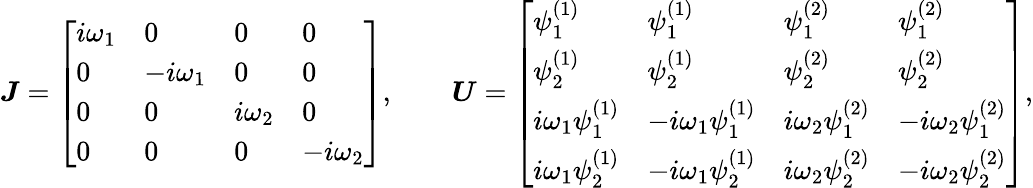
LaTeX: \boldsymbol{J}=\left[\begin{array}{llll}{i\omega_{1}}&{0}&{0}&{0}\\ {0}&{-i\omega_{1}}&{0}&{0}\\ {0}&{0}&{i\omega_{2}}&{0}\\ {0}&{0}&{0}&{-i\omega_{2}}\end{array}\right],\qquad\boldsymbol{U}=\left[\begin{array}{llll}{\psi_{1}^{(1)}}&{\psi_{1}^{(1)}}&{\psi_{1}^{(2)}}&{\psi_{1}^{(2)}}\\ {\psi_{2}^{(1)}}&{\psi_{2}^{(1)}}&{\psi_{2}^{(2)}}&{\psi_{2}^{(2)}}\\ {i\omega_{1}\psi_{1}^{(1)}}&{-i\omega_{1}\psi_{1}^{(1)}}&{i\omega_{2}\psi_{1}^{(2)}}&{-i\omega_{2}\psi_{1}^{(2)}}\\ {i\omega_{1}\psi_{2}^{(1)}}&{-i\omega_{1}\psi_{2}^{(1)}}&{i\omega_{2}\psi_{2}^{(2)}}&{-i\omega_{2}\psi_{2}^{(2)}}\end{array}\right],